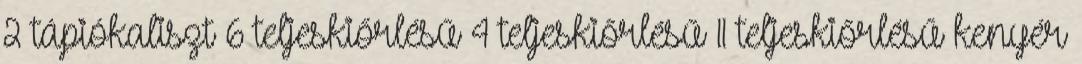
2 tápiókaliszt 6 teljeskiőrlésű 4 teljeskiőrlésű 11 teljeskiőrlésű kenyér